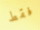
فقط